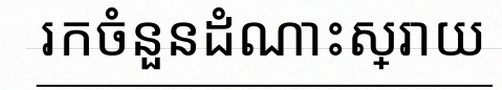
រកចំនួនដំណោះស្រាយ